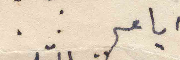
ايام ..